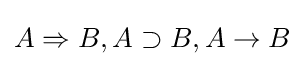
A\Rightarrow B,A\supset B,A\rightarrow B